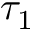
\tau _ { 1 }